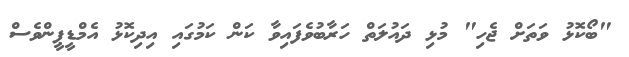
"ބޯކޮޅު ވަތަށް ޖެހި" މުޅި ދައުލަތް ހަރާބުވެފައިވާ ކަން ކަމުގައި އިދިކޮޅު އެމްޑީޕީންވެސް